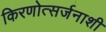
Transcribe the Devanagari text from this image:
किरणोत्सर्जनाशी